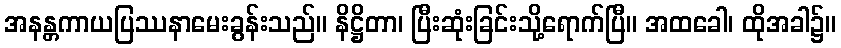
အနန္တကာယပြဿနာမေးခွန်းသည်။ နိဋ္ဌိတာ၊ ပြီးဆုံးခြင်းသို့ရောက်ပြီ။ အထခေါ၊ ထိုအခါ၌။